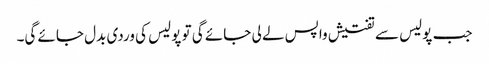
جب پولیس سے تفتیش واپس لے لی جائے گی تو پولیس کی وردی بدل جائے گی۔